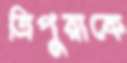
ত্রিপুরাকে